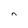
Character: n